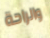
والراحة